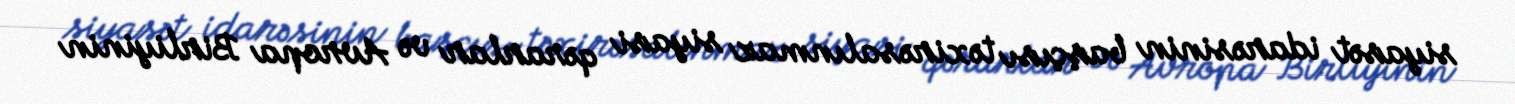
siyasət idarəsinin başçısı təxirəsalınmaz siyasi qərarlar və Avropa Birliyinin